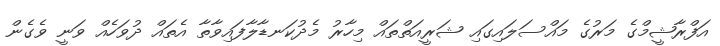
އަފްރާޝީމްގެ މަރުގެ މައްސަލައިގައި ޝަރީއަތްތައް މިހާރު މެދުކަނޑާލާފައިވާތާ އެތައް ދުވަހެއް ވަނީ ވެގެން